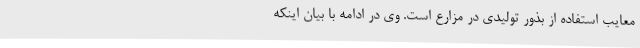
معایب استفاده از بذور تولیدی در مزارع است. وی در ادامه با بیان اینکه